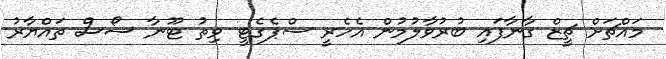
މައްޗަށް ޗީޒް ގާނާފައި ބުރުވާލުމުން އެހެރީ ސްޕެގެޓީ ވިތު ޓޫނާ ސޯސް ތައްޔާރު